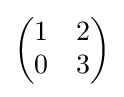
{\begin{pmatrix}1&2\\0&3\\\end{pmatrix}}